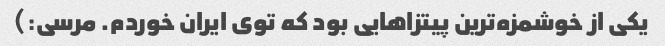
یکی از خوشمزه‌ترین پیتزاهایی بود که توی ایران خوردم. مرسی:)